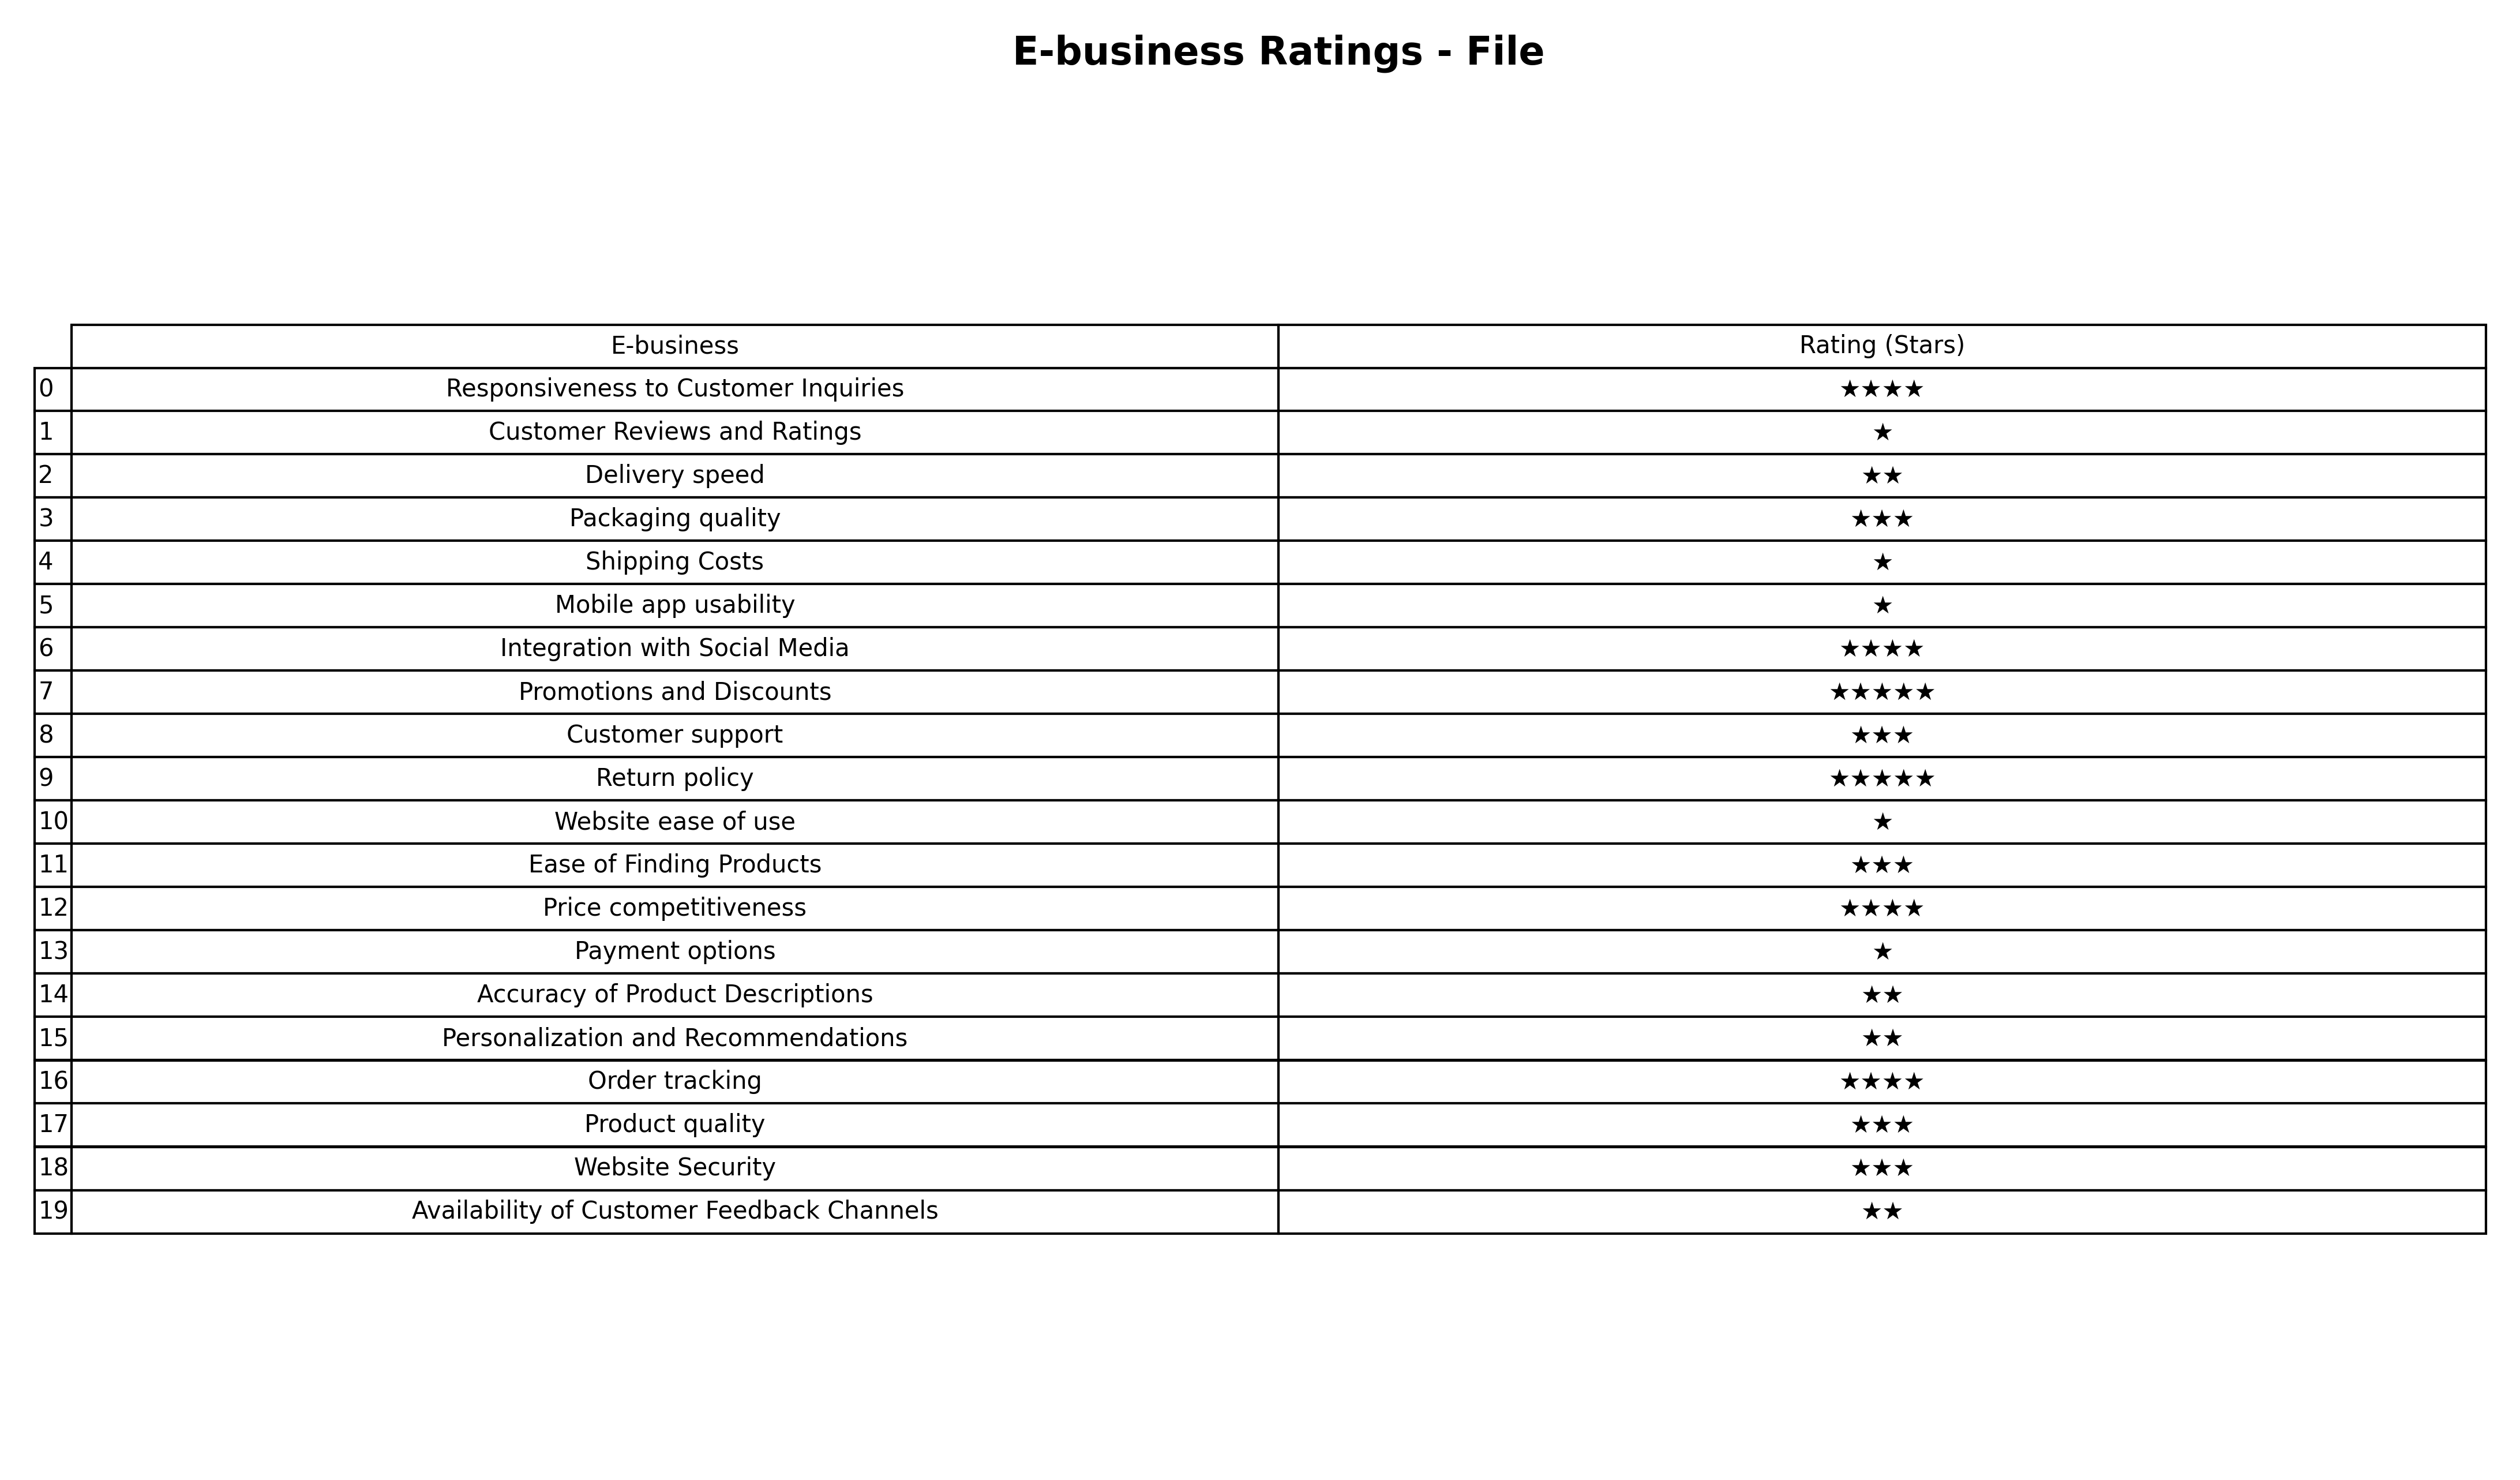
question: What is the rating of Packaging quality?
answer: ★★★